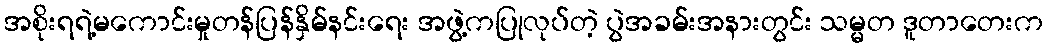
အစိုးရရဲ့မကောင်းမှုတန်ပြန်နှိမ်နင်းရေး အဖွဲ့ကပြုလုပ်တဲ့ ပွဲအခမ်းအနားတွင်း သမ္မတ ဒူတာတေးက